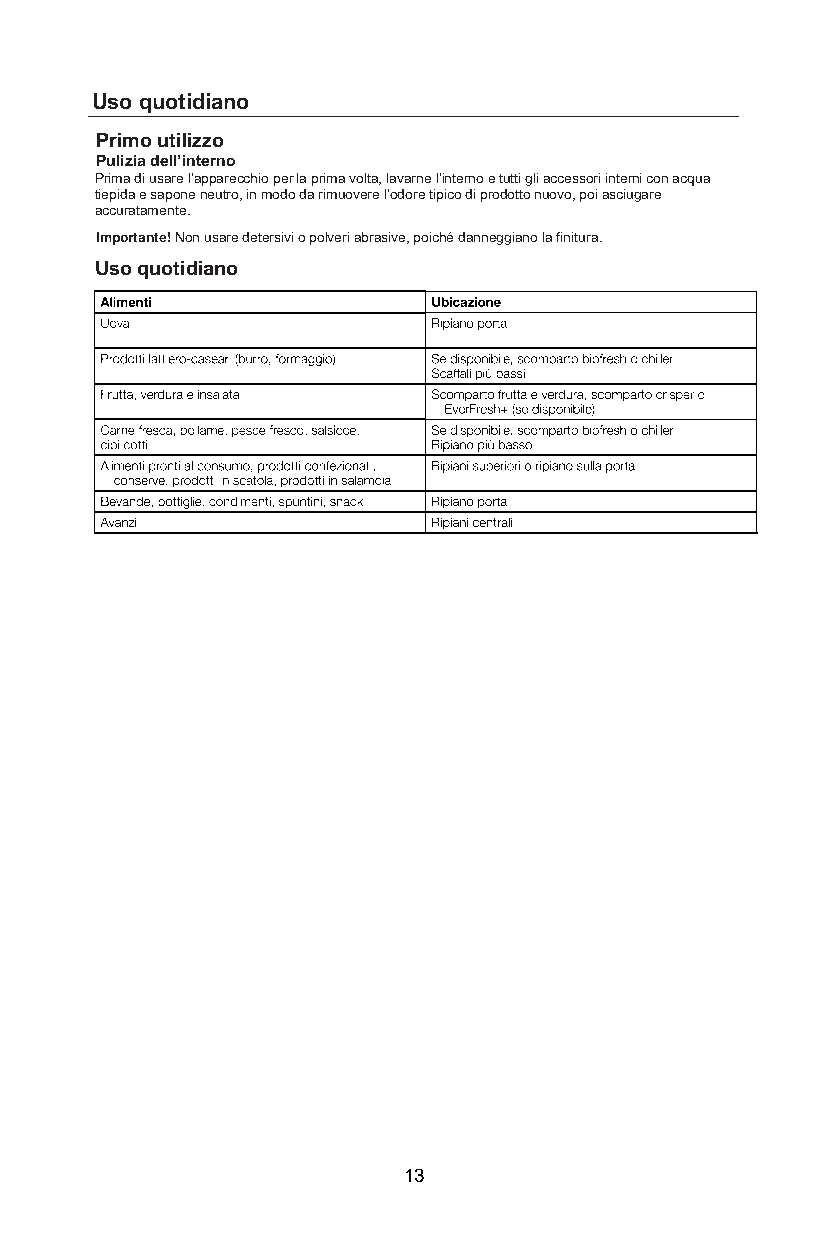
Uso quotidiano
 Primo utilizzo
 Pulizia dell’interno
 Prima di usare l’apparecchio per la prima volta, lavarne l’interno e tutti gli accessori interni con acqua
 tiepida e sapone neutro, in modo da rimuovere l’odore tipico di prodotto nuovo, poi asciugare
 accuratamente.
 Importante! Non usare detersivi o polveri abrasive, poiché danneggiano la finitura.
 Uso quotidiano
 13